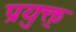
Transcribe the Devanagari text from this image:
प्रयुक्त्